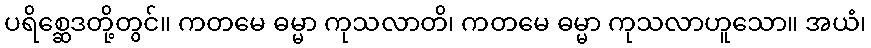
ပရိစ္ဆေဒတို့တွင်။ ကတမေ ဓမ္မာ ကုသလာတိ၊ ကတမေ ဓမ္မာ ကုသလာဟူသော။ အယံ၊